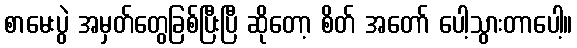
စာမေးပွဲ အမှတ်တွေခြစ်ပြီးပြီ ဆိုတော့ စိတ် အတော် ပေါ့သွားတာပေါ့။